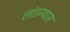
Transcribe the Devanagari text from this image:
लांडग्यास